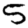
Digit: 5